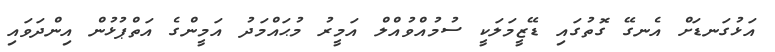
އަޅުގަނޑަށް އެނގޭ ގޮތުގައި ޑޭޒީމަލަކީ ސުމުއްވުއްލް އަމީރު މުޙައްމަދު އަމީންގެ އަތްޕުޅުން އިންދަވައި